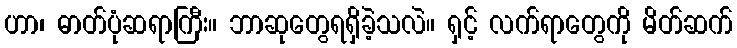
ဟာ၊ ဓာတ်ပုံဆရာကြီး။ ဘာဆုတွေရရှိခဲ့သလဲ။ ရှင့် လက်ရာတွေကို မိတ်ဆက်